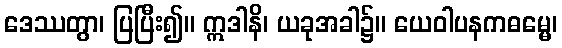
ဒေဿတွာ၊ ပြပြီး၍။ ဣဒါနိ၊ ယခုအခါ၌။ ယေဝါပနကဓမ္မေ၊